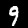
Digit: 9